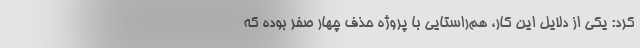
کرد: یکی از دلایل این کار، هم‌راستایی با پروژه حذف چهار صفر بوده که